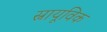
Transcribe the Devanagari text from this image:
स्नायूविक